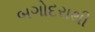
બગોદરાથી